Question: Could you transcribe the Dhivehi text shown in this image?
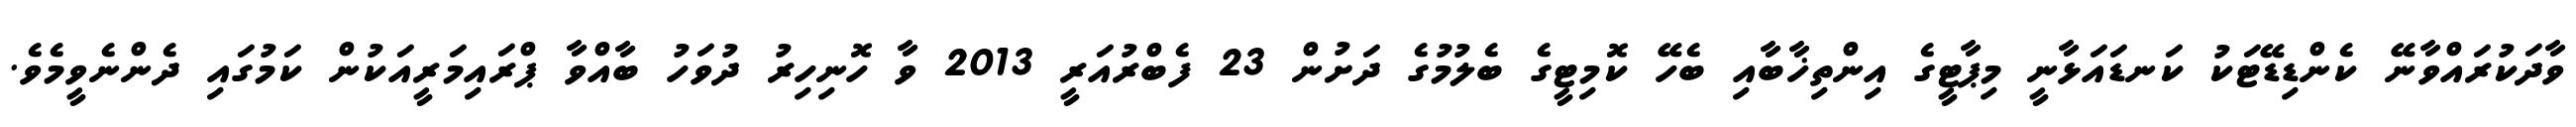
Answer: ވާދަކުރައްވާނޭ ކެންޑިޑޭޓަކު ކަނޑައަޅާނީ މިޕާޓީގެ އިންތިޚާބާއި ބެހޭ ކޮމިޓީގެ ބެލުމުގެ ދަށުން 23 ފެބްރުއަރީ 2013 ވާ ހޮނިހިރު ދުވަހު ބާއްވާ ޕްރައިމަރީއަކުން ކަމުގައި ދެންނެވީމެވެ.